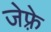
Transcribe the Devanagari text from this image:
जेफ़्रे